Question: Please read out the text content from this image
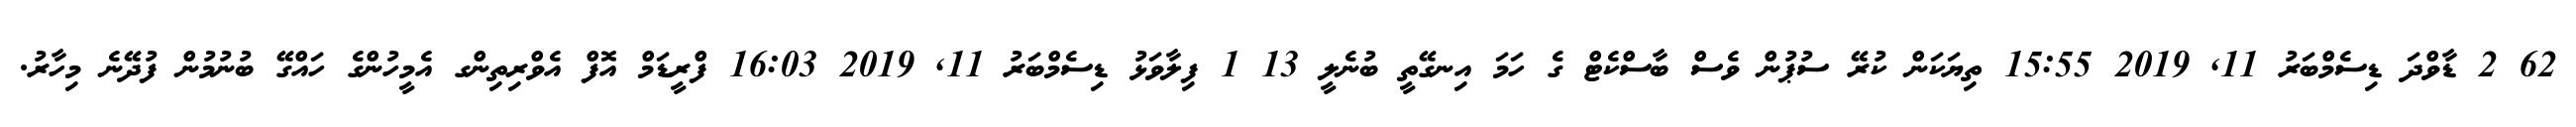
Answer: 62 2 ޑާވްދަ ޑިސެމްބަރު 11, 2019 15:55 ތިޔަކަން ކުރޭ ސުޕުން ވެސް ބާސްކެޓް ގެ ހަމަ އިނގޭތީ ބުނެލީ 13 1 ފިލާވަޅު ޑިސެމްބަރު 11, 2019 16:03 ފްރީޑަމް އޮފް އެވްރިތިންގ އެމީހުންގެ ހައްގޭ ބުނުމުން ފުދޭނެ މިހާރު.